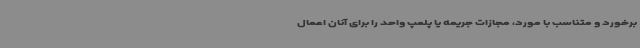
برخورد و متناسب با مورد، مجازات جریمه یا پلمپ واحد را برای آنان اعمال